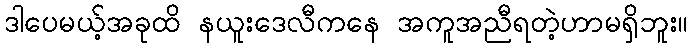
ဒါပေမယ့်အခုထိ နယူးဒေလီကနေ အကူအညီရတဲ့ဟာမရှိဘူး။